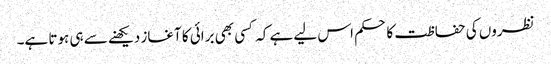
نظروں کی حفاظت کا حکم اس لیے ہے کہ کسی بھی برائی کا آغاز دیکھنے سے ہی ہوتا ہے۔